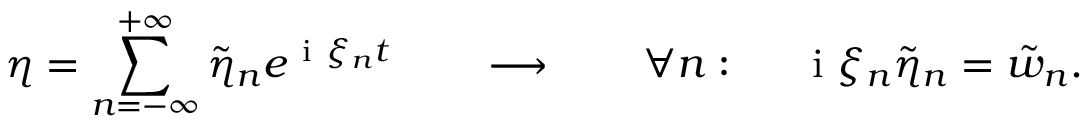
\eta = \sum _ { n = - \infty } ^ { + \infty } \tilde { \eta } _ { n } e ^ { \mathrm { ~ i ~ } \xi _ { n } t } \ \ \ \ \ \ \longrightarrow \ \ \ \ \ \ \forall n : \ \ \ \ \mathrm { ~ i ~ } \xi _ { n } \tilde { \eta } _ { n } = \tilde { w } _ { n } .